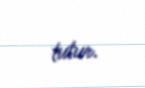
tutur.